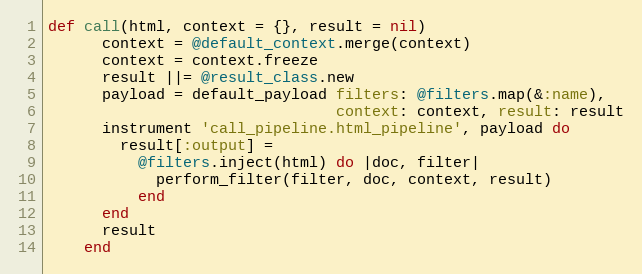
Language: Ruby
def call(html, context = {}, result = nil)
      context = @default_context.merge(context)
      context = context.freeze
      result ||= @result_class.new
      payload = default_payload filters: @filters.map(&:name),
                                context: context, result: result
      instrument 'call_pipeline.html_pipeline', payload do
        result[:output] =
          @filters.inject(html) do |doc, filter|
            perform_filter(filter, doc, context, result)
          end
      end
      result
    end